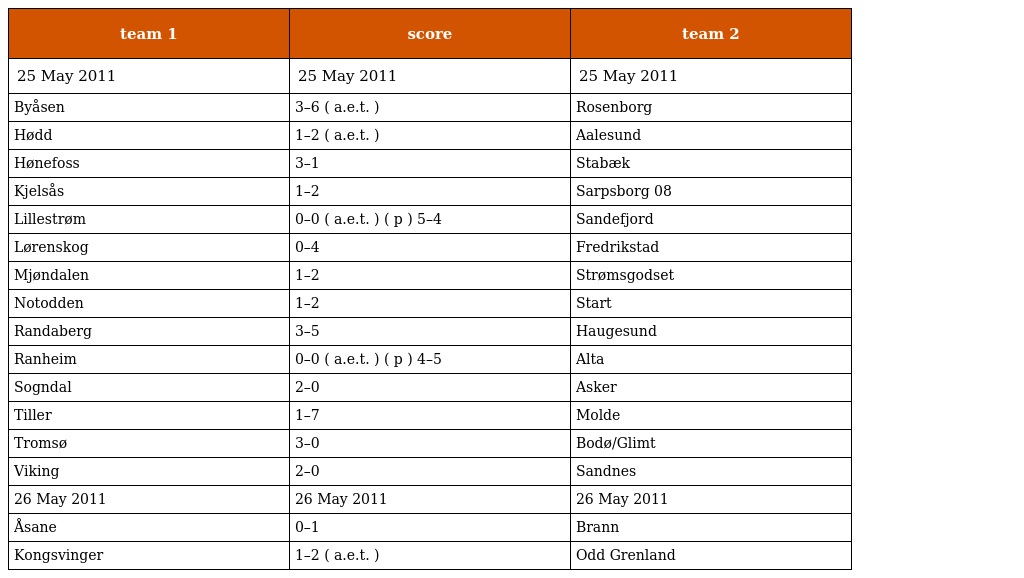
| team 1 | score | team 2 |
 | --- | --- | --- |
 | 25 May 2011 | 25 May 2011 | 25 May 2011 |
 | Byåsen | 3–6 ( a.e.t. ) | Rosenborg |
 | Hødd | 1–2 ( a.e.t. ) | Aalesund |
 | Hønefoss | 3–1 | Stabæk |
 | Kjelsås | 1–2 | Sarpsborg 08 |
 | Lillestrøm | 0–0 ( a.e.t. ) ( p ) 5–4 | Sandefjord |
 | Lørenskog | 0–4 | Fredrikstad |
 | Mjøndalen | 1–2 | Strømsgodset |
 | Notodden | 1–2 | Start |
 | Randaberg | 3–5 | Haugesund |
 | Ranheim | 0–0 ( a.e.t. ) ( p ) 4–5 | Alta |
 | Sogndal | 2–0 | Asker |
 | Tiller | 1–7 | Molde |
 | Tromsø | 3–0 | Bodø/Glimt |
 | Viking | 2–0 | Sandnes |
 | 26 May 2011 | 26 May 2011 | 26 May 2011 |
 | Åsane | 0–1 | Brann |
 | Kongsvinger | 1–2 ( a.e.t. ) | Odd Grenland |